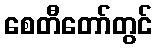
စေတီတော်တွင်